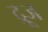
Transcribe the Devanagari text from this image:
द्रूज